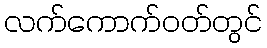
လက်ကောက်ဝတ်တွင်